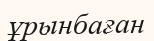
ұрынбаған